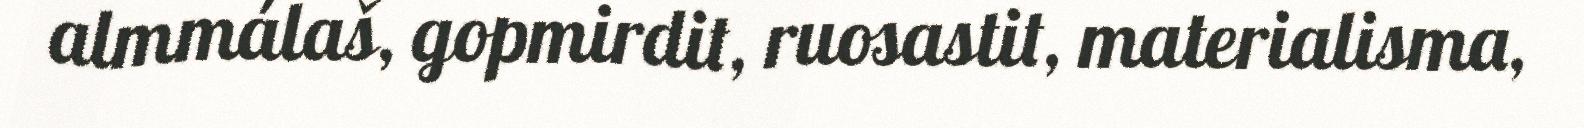
almmálaš, gopmirdit, ruosastit, materialisma,